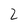
Character: 2